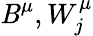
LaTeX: \mathit{B}^{\mu},W_{j}^{\mu}